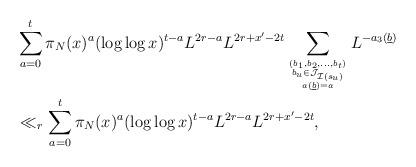
LaTeX: \begin{align*}& \sum_{a=0}^t \pi_N(x)^a (\log \log x)^{t-a} L^{2r - a}L^{2r + x' - 2t} \sum_{(b_1,b_2,\dots,b_{t}) \atop {b_u \in \mathcal J_{\mathcal I(s_u)} \atop {a(\underline{b}) = a}}}L^{-a_3(\underline{b})} \\&\ll_r \sum_{a=0}^t \pi_N(x)^a (\log \log x)^{t-a} L^{2r - a}L^{2r + x' - 2t},\end{align*}